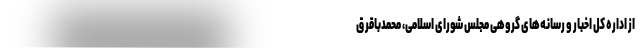
از اداره کل اخبار و رسانه‌های گروهی مجلس شورای اسلامی، محمدباقر ق